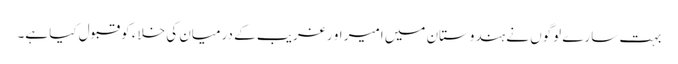
بہت سارے لوگوں نے ہندوستان میں امیر او رغریب کے درمیان کی خلاء کو قبول کیا ہے۔